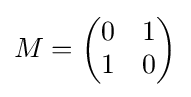
M={\begin{pmatrix}0&1\\1&0\end{pmatrix}}